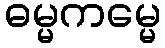
ဓမ္မကမ္မေ